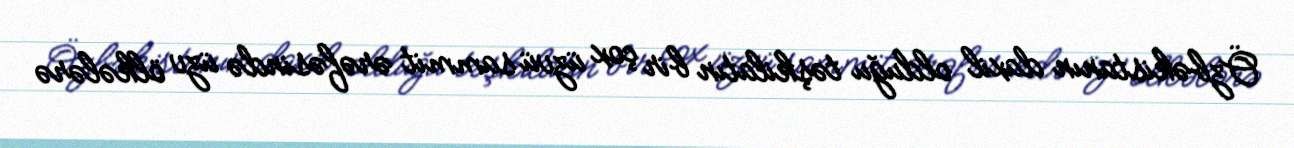
Özbəkistanın daxil olduğu təşkilatın bir çox üzvü sammit ərəfəsində üzv ölkələrə